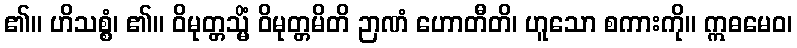
၏။ ဟိသစ္စံ၊ ၏။ ဝိမုတ္တသ္မိံ ဝိမုတ္တမိတိ ဉာဏံ ဟောတီတိ၊ ဟူသော စကားကို။ ဣဓမေဝ၊